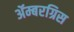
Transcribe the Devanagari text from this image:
ॲम्बरग्रिस